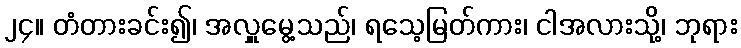
၂၄။ တံတားခင်း၍၊ အလှူမွေ့သည်၊ ရသေ့မြတ်ကား၊ ငါအလားသို့၊ ဘုရား